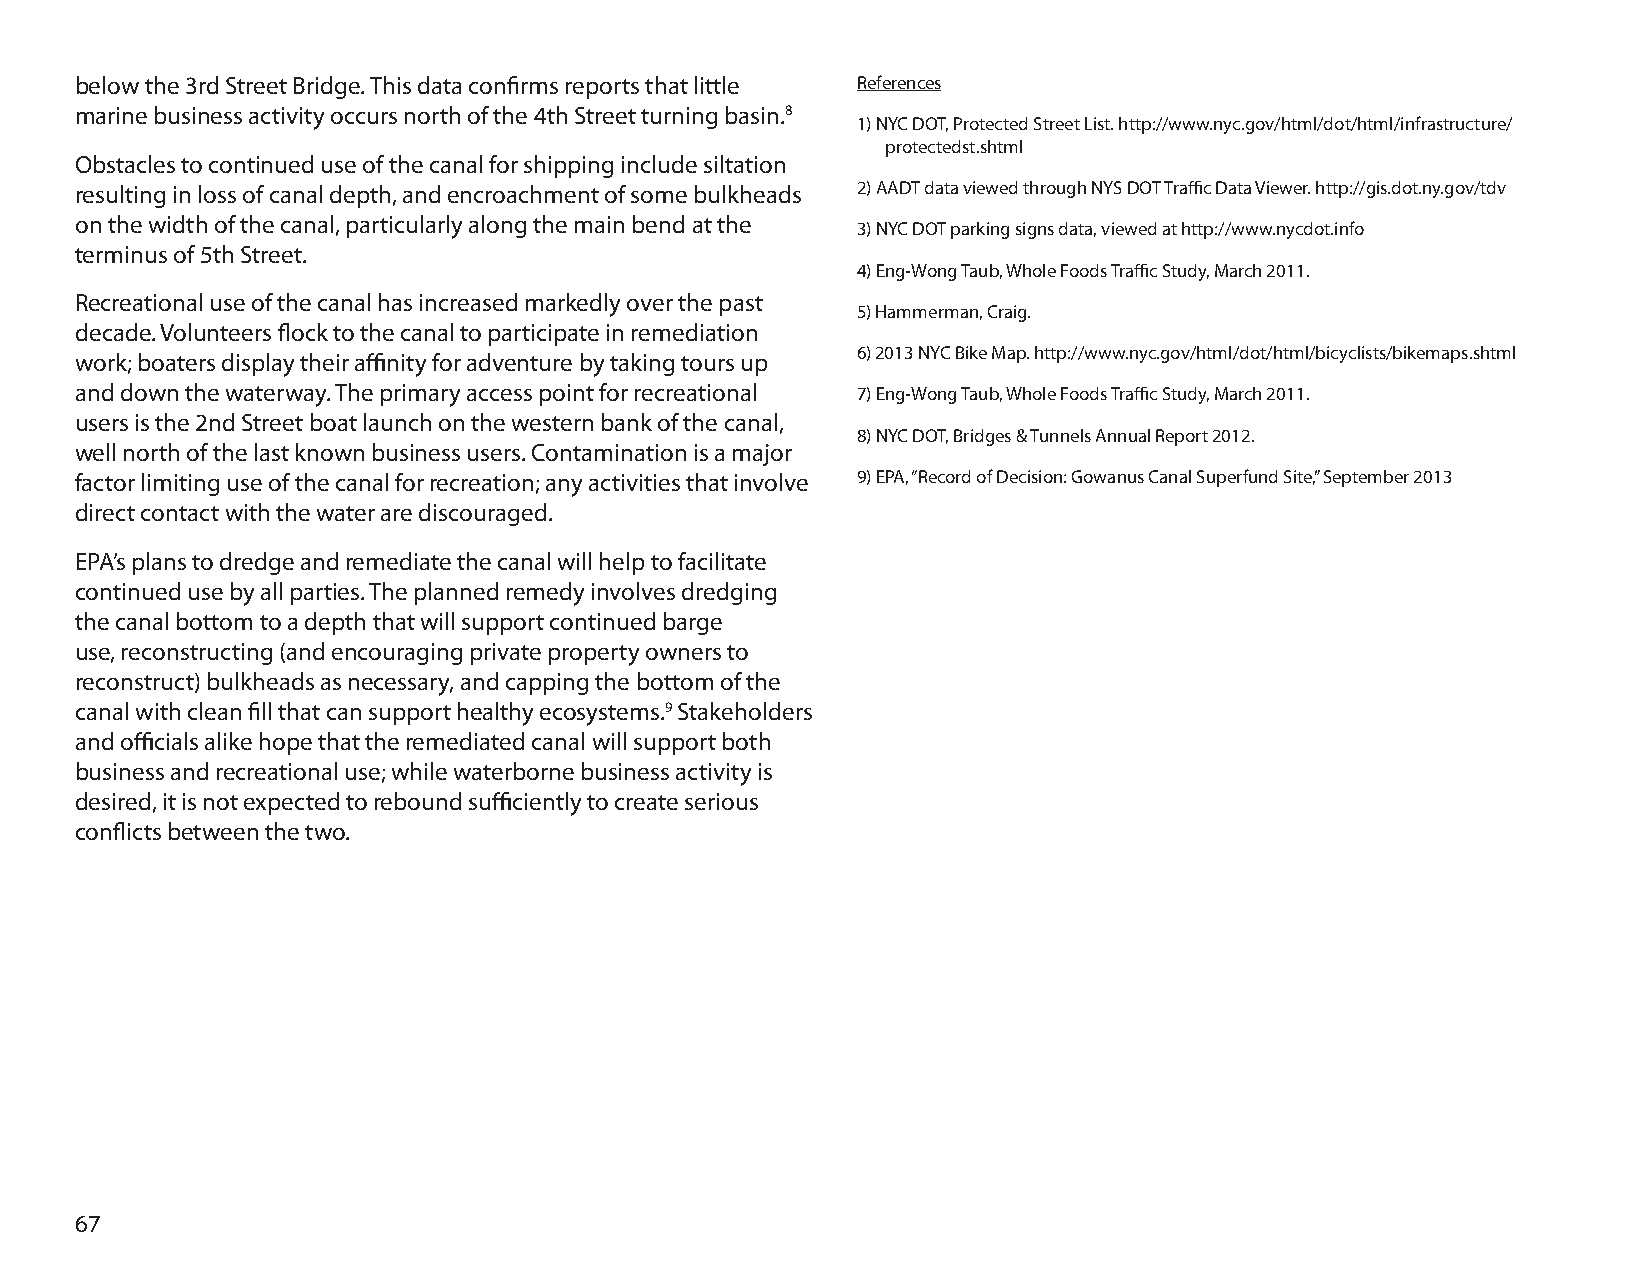
below the 3rd Street Bridge. This data confirms reports that little References
 marine business activity occurs north of the 4th Street turning basin.8
 1) NYC DOT, Protected Street List. http://www.nyc.gov/html/dot/html/infrastructure/
 protectedst.shtml
 Obstacles to continued use of the canal for shipping include siltation
 resulting in loss of canal depth, and encroachment of some bulkheads 2) AADT data viewed through NYS DOT Traffic Data Viewer. http://gis.dot.ny.gov/tdv
 on the width of the canal, particularly along the main bend at the
 3) NYC DOT parking signs data, viewed at http://www.nycdot.info
 terminus of 5th Street.
 4) Eng-Wong Taub, Whole Foods Traffic Study, March 2011.
 Recreational use of the canal has increased markedly over the past
 5) Hammerman, Craig.
 decade. Volunteers flock to the canal to participate in remediation
 6) 2013 NYC Bike Map. http://www.nyc.gov/html/dot/html/bicyclists/bikemaps.shtml
 work; boaters display their affinity for adventure by taking tours up
 and down the waterway. The primary access point for recreational 7) Eng-Wong Taub, Whole Foods Traffic Study, March 2011.
 users is the 2nd Street boat launch on the western bank of the canal,
 8) NYC DOT, Bridges & Tunnels Annual Report 2012.
 well north of the last known business users. Contamination is a major
 factor limiting use of the canal for recreation; any activities that involve 9) EPA, “Record of Decision: Gowanus Canal Superfund Site,” September 2013
 direct contact with the water are discouraged.
 EPA’s plans to dredge and remediate the canal will help to facilitate
 continued use by all parties. The planned remedy involves dredging
 the canal bottom to a depth that will support continued barge
 use, reconstructing (and encouraging private property owners to
 reconstruct) bulkheads as necessary, and capping the bottom of the
 canal with clean fill that can support healthy ecosystems.9 Stakeholders
 and officials alike hope that the remediated canal will support both
 business and recreational use; while waterborne business activity is
 desired, it is not expected to rebound sufficiently to create serious
 conflicts between the two.
 67